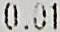
0.01